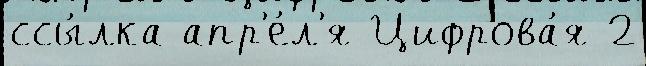
ссы́лка апр'е́л'я Цифрова́я 2